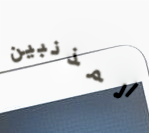
المذنبين